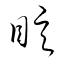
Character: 眩